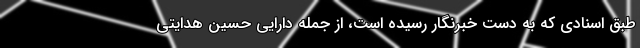
طبق اسنادی که به دست خبرنگار رسیده است، از جمله دارایی حسین هدایتی